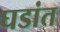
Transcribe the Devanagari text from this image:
घडांत